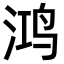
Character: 鸿